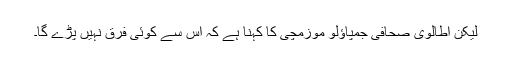
لیکن اطالوی صحافی جمپاؤلو موزمچی کا کہنا ہے کہ اس سے کوئی فرق نہیں پڑے گا۔